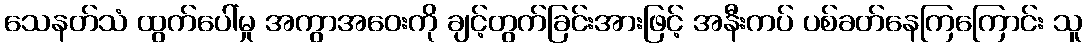
သေနတ်သံ ထွက်ပေါ်မှု အကွာအဝေးကို ချင့်တွက်ခြင်းအားဖြင့် အနီးကပ် ပစ်ခတ်နေကြကြောင်း သူ